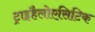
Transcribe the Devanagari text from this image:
ट्राइहैलोएसिटिक